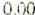
0.00